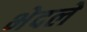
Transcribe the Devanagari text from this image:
भेदले